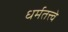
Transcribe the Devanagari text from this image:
धर्मतत्त्वे